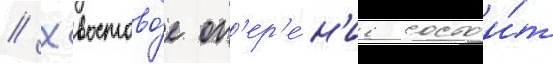
// Хвостово́е оп'ер'е́н'ие состои́т